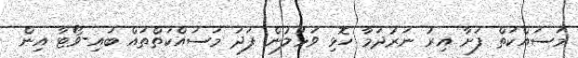
މަސައްކަތް ފަށާ އިރު ނަރުދަމާ ހޮޅި ވަޅުލުން ފަދަ މަސައްކަތްތައް ބައި-ވޯޓާ އިން